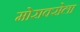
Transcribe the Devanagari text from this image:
मोराक्सेला